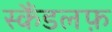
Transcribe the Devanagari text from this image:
स्कैंडलफ़